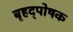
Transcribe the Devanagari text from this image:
बृहद्पोषक